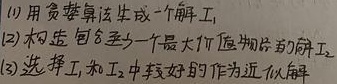
(1) 用贪婪算法生成一个解\(I_1\)，
(2) 构造包含至少一个最大价值物品的解\(I_2\)，
(3) 选择\(I_1\)和\(I_2\)中较好的作为近似解。